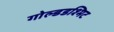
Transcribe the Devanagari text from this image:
गोल्डडश्मिट